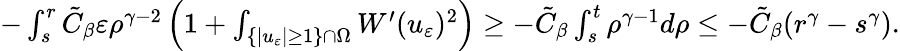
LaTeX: \begin{array}{r}{-\int_{s}^{r}\tilde{C}_{\beta}\varepsilon\rho^{\gamma-2}\left(1+\int_{\{ |u_{\varepsilon}|\geq 1\} \cap\Omega}W^{\prime}(u_{\varepsilon})^{2}\right)\geq-\tilde{C}_{\beta}\int_{s}^{t}\rho^{\gamma-1}d\rho\leq-\tilde{C}_{\beta}(r^{\gamma}-s^{\gamma}).}\end{array}